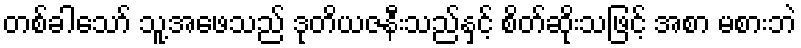
တစ်ခါသော် သူ့အဖေသည် ဒုတိယဇနီးသည်နှင့် စိတ်ဆိုးသဖြင့် အစာ မစားဘဲ